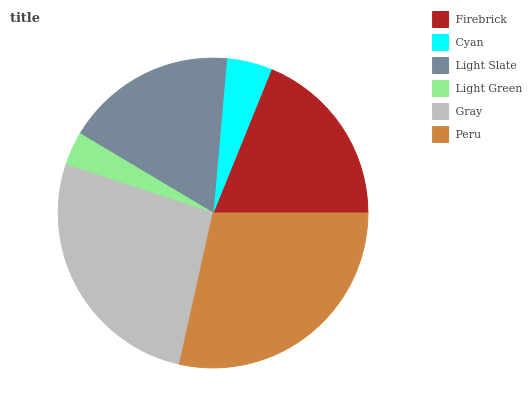
| Firebrick | Cyan | Light Slate | Light Green | Gray | Peru |
 | --- | --- | --- | --- | --- | --- |
 | 18.9% | 4.72% | 17.8% | 3.51% | 26.6% | 28.5% |